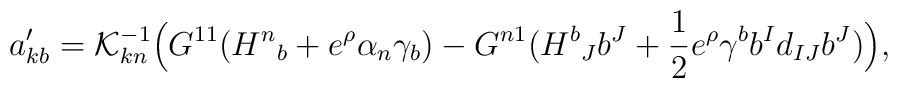
a'_{kb}={\cal K}^{-1}_{kn}  \Bigl ( G^{11}({H^n}_b+ e^{\rho}\alpha_n \gamma_b)-G^{n1}({H^b}_Jb^J+{1\over 2}e^{\rho}\gamma^b b^I d_{IJ} b^J) \Bigr),